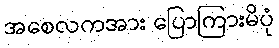
အစေလကအား ပြောကြားမိပုံ